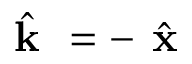
\boldsymbol { \hat { \textbf { k } } } = - \boldsymbol { \hat { \textbf { x } } }